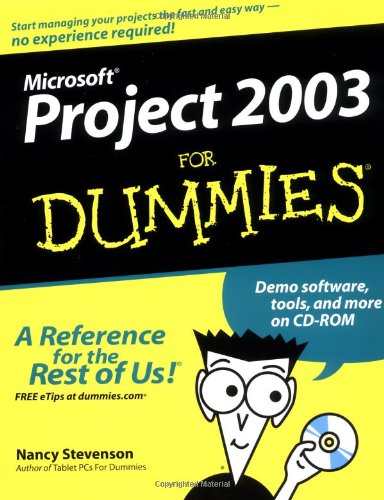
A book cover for Microsoft Project 2003 For Dummies; Nancy Stevenson; Computers & Technology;